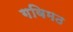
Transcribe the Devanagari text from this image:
गविमठ